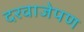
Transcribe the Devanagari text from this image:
दरवाजेपण